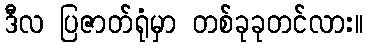
ဒီလ ပြဇာတ်ရုံမှာ တစ်ခုခုတင်လား။